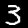
Digit: 3